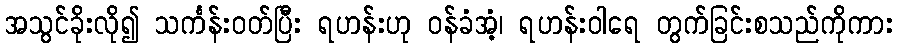
အသွင်ခိုးလို၍ သင်္ကန်းဝတ်ပြီး ရဟန်းဟု ဝန်ခံအံ့၊ ရဟန်းဝါရေ တွက်ခြင်းစသည်ကိုကား